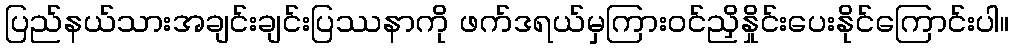
ပြည်နယ်သားအချင်းချင်းပြဿနာကို ဖက်ဒရယ်မှကြားဝင်ညှိနှိုင်းပေးနိုင်ကြောင်းပါ။